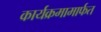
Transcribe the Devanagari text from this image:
कार्यक्रमामार्फत